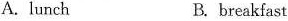
A. lunch B. breakfast